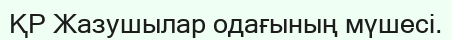
ҚР Жазушылар одағының мүшесі.